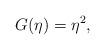
LaTeX: \begin{align*}G(\eta)=\eta^2,\end{align*}